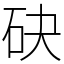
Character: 砄